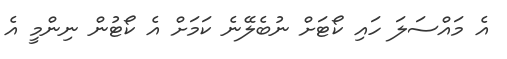
އެ މައްސަލަ ހައި ކޯޓަށް ނުބެލޭނެ ކަމަށް އެ ކޯޓުން ނިންމީ އެ